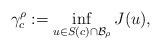
LaTeX: \begin{align*}\gamma _{c}^{\rho }:=\inf_{u\in S(c)\cap \mathcal{B}_{\rho }}J(u),\end{align*}